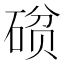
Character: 𮀧